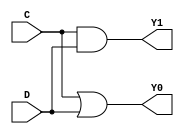
module KGP2(C,D,Y1,Y0);
input C,D;
output Y0,Y1;

assign Y0=C|D;
assign Y1=C&D;

endmodule